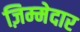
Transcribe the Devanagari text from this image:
ज़िम्‍मेदार